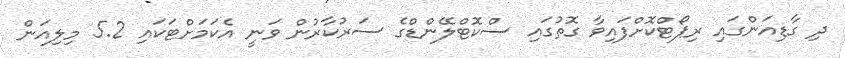
ދި ގާޑިއަންގައި ރިޕޯޓްކޮށްފައިވާ ގޮތުގައި ސްކޮޓްލޭންޑްގެ ސަރުކާރުން ވަނީ އެކަމަށްޓަކައި 5.2 މިލިއަން